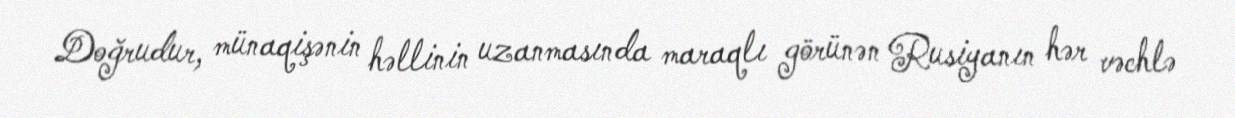
Doğrudur, münaqişənin həllinin uzanmasında maraqlı görünən Rusiyanın hər vəchlə